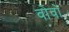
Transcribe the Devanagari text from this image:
वोवो